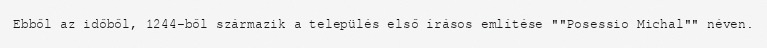
Ebből az időből, 1244-ből származik a település első írásos említése ""Posessio Michal"" néven.